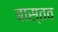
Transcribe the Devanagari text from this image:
बास्तव